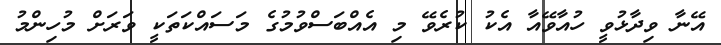
އޭނާ ވިދާޅުވީ ހުއާވޭއާ އެކު ކުރެވޭ މި އެއްބަސްވުމުގެ މަސައްކަތަކީ ވަރަށް މުހިންމު